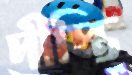
দীপ্তি